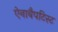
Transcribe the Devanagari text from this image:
ऐनाबैपटिस्ट